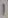
Text: 1